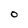
Character: O